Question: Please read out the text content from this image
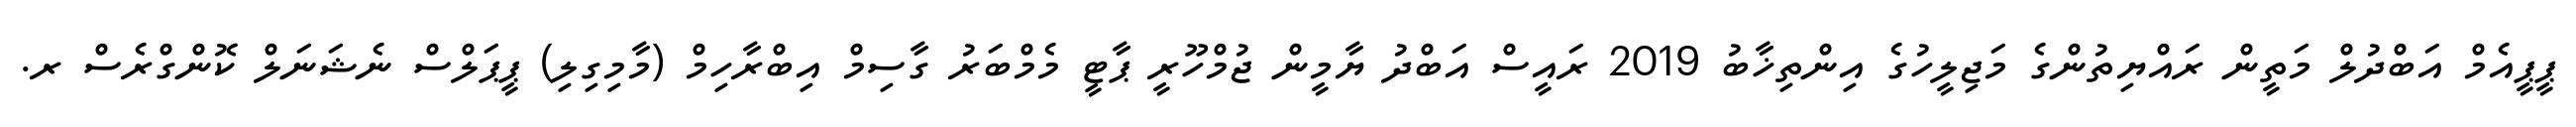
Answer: ޕީޕީއެމް އަބްދުލް މަތީން ރައްޔިތުންގެ މަޖިލީހުގެ އިންތިޚާބު 2019 ރައީސް އަބްދު ޔާމީން ޖުމްހޫރީ ޕާޓީ މެމްބަރު ގާސިމް އިބްރާހިމް (މާމިގިލި) ޕީޕަލްސް ނެޝަނަލް ކޮންގްރެސް ރ.